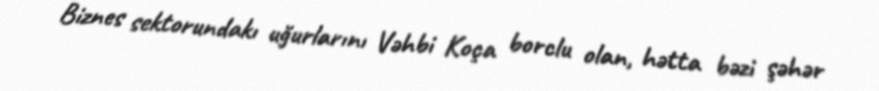
Biznes sektorundakı uğurlarını Vəhbi Koça borclu olan, hətta bəzi şəhər